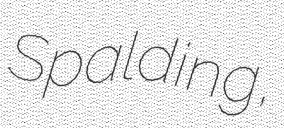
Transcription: Spalding,